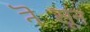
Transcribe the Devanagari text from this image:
नॆसून